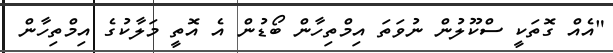
"އެއް ގޮތަކީ ސްކޫލުން ނުވަަތަ އިމްތިހާން ބޯޑުން އެ އޮތީ މަލާކުގެ އިމްތިހާން